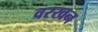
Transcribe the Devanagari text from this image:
वरखन